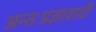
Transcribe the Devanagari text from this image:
अन्तःप्रज्ञावादी